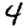
Digit: 4